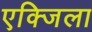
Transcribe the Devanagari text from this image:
एक्जिला